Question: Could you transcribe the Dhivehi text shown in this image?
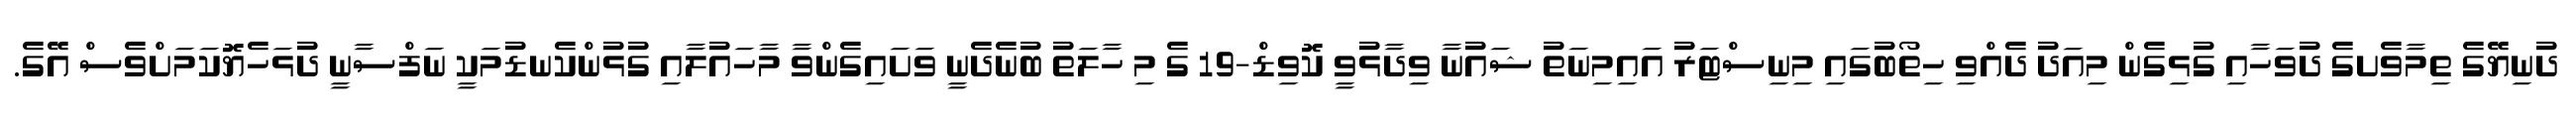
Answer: ދުނިޔޭގެ ތިމާވެށގެ ދުވަހާއި ގުޅިގެން މިއަދު ދެއްވި ހިތޯބުގައި މިނިސްޓަރު އައިމިނަތު ޝައުނާ ވިދާޅުވީ ކޮވިޑް-19 ގެ މި ހާލަތު ބުނެދެނީ ވަށައިގެންވާ މާހައުލާއި ގުޅުންކެނޑުމަކީ ނަފްސާނީ ދުޅަހެޔޮކަމަށްވެސް އޭގެ.